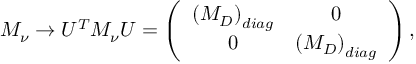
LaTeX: M _ { \nu } \rightarrow U ^ { T } M _ { \nu } U = \left( \begin{array} { c c } { { \left( M _ { D } \right) _ { d i a g } } } & { { 0 } } \\ { { 0 } } & { { \left( M _ { D } \right) _ { d i a g } } } \end{array} \right) ,